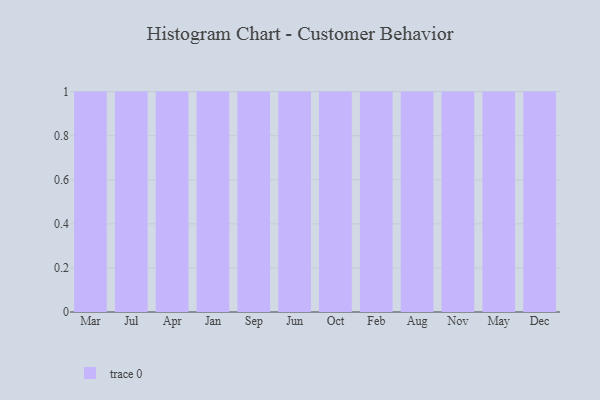
{"axis": {"x": "Month", "y": "Website Visitors"}, "legend": [""], "data": [{"x": "Mar", "y": 71, "type": ""}, {"x": "Jul", "y": 58, "type": ""}, {"x": "Apr", "y": 48, "type": ""}, {"x": "Jan", "y": 97, "type": ""}, {"x": "Sep", "y": 25, "type": ""}, {"x": "Jun", "y": 60, "type": ""}, {"x": "Oct", "y": 88, "type": ""}, {"x": "Feb", "y": 82, "type": ""}, {"x": "Aug", "y": 55, "type": ""}, {"x": "Nov", "y": 53, "type": ""}, {"x": "May", "y": 59, "type": ""}, {"x": "Dec", "y": 6, "type": ""}]}